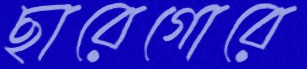
ছারেগোরে